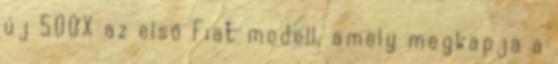
új 500X az első Fiat modell, amely megkapja a